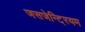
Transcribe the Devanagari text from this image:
जसजेन्टि्रयम